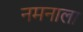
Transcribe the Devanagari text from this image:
नमनाला